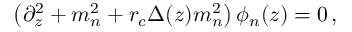
\left( \partial _ { z } ^ { 2 } + m _ { n } ^ { 2 } + r _ { c } \Delta ( z ) m _ { n } ^ { 2 } \right) \phi _ { n } ( z ) = 0 \, ,